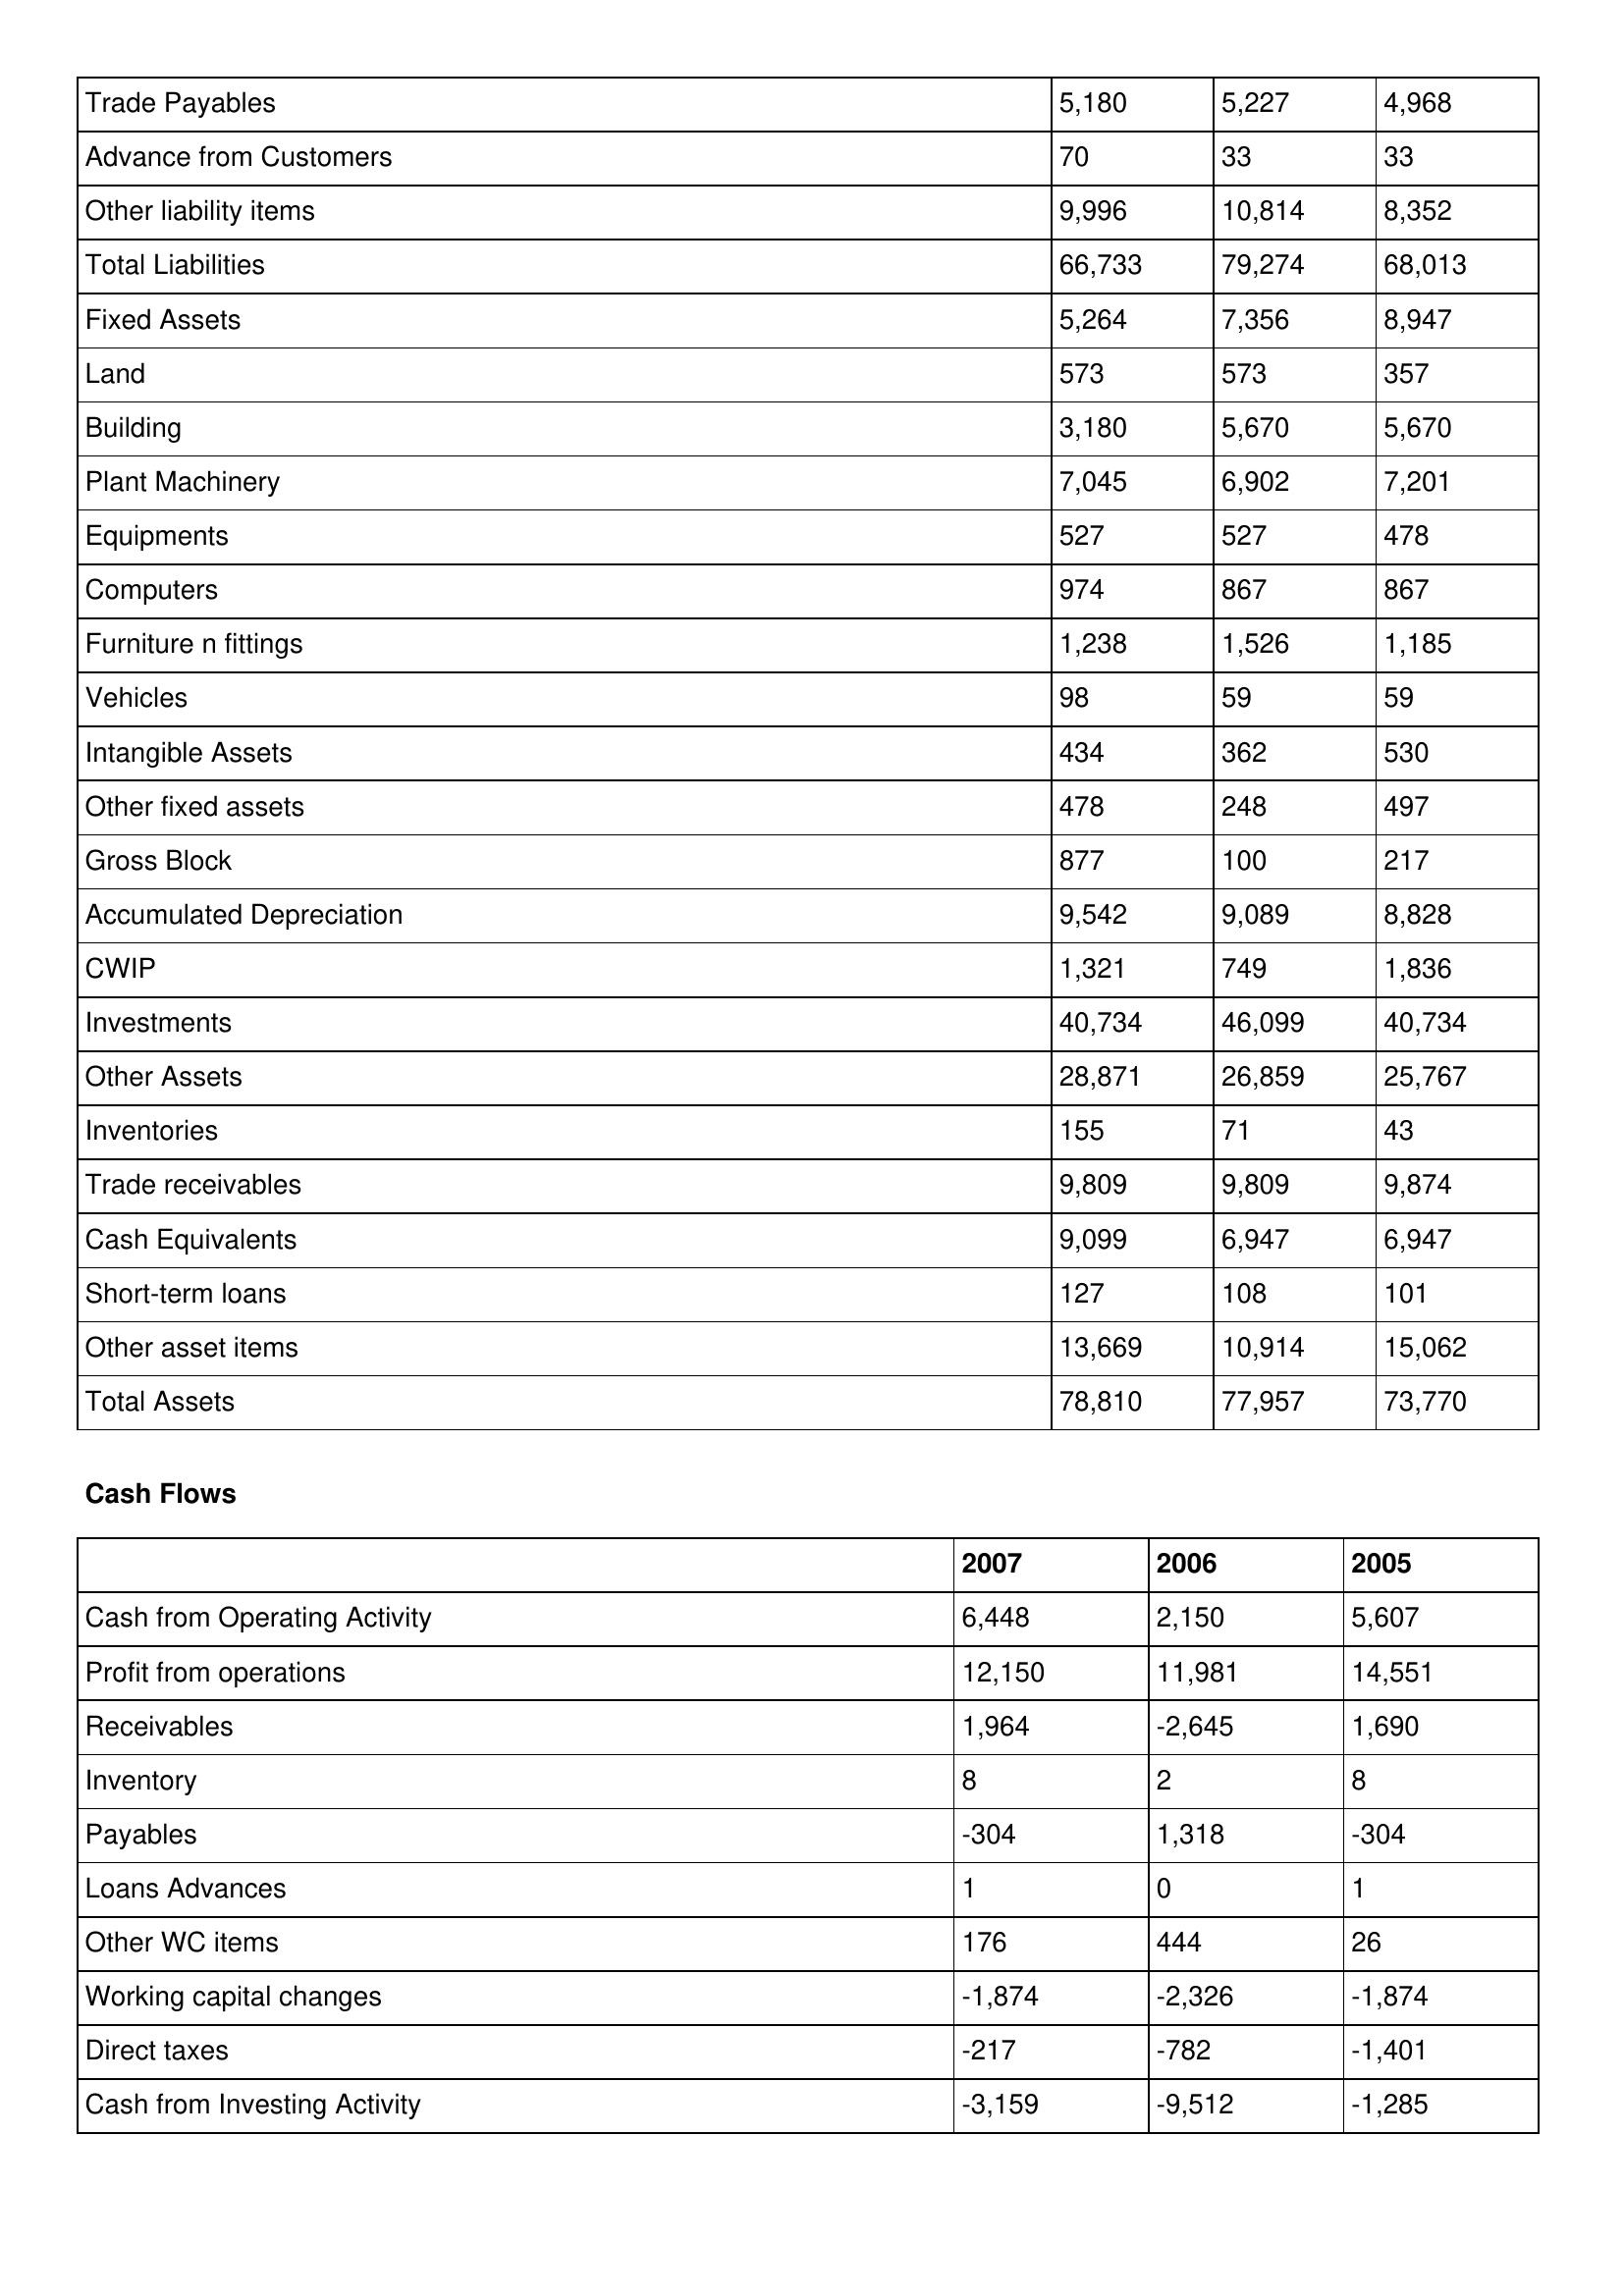
gt_parse: 2007: Balance Sheet: Trade Payables: 5,180
Advance from Customers: 70
Other liability items: 9,996
Total Liabilities: 66,733
Fixed Assets: 5,264
Land: 573
Building: 3,180
Plant Machinery: 7,045
Equipments: 527
Computers: 974
Furniture n fittings: 1,238
Vehicles: 98
Intangible Assets: 434
Other fixed assets: 478
Gross Block: 877
Accumulated Depreciation: 9,542
CWIP: 1,321
Investments: 40,734
Other Assets: 28,871
Inventories: 155
Trade receivables: 9,809
Cash Equivalents: 9,099
Short-term loans: 127
Other asset items: 13,669
Total Assets: 78,810
Cash Flows: Cash from Operating Activity: 6,448
Profit from operations: 12,150
Receivables: 1,964
Inventory: 8
Payables: -304
Loans Advances: 1
Other WC items: 176
Working capital changes: -1,874
Direct taxes: -217
Cash from Investing Activity: -3,159
2006: Balance Sheet: Trade Payables: 5,227
Advance from Customers: 33
Other liability items: 10,814
Total Liabilities: 79,274
Fixed Assets: 7,356
Land: 573
Building: 5,670
Plant Machinery: 6,902
Equipments: 527
Computers: 867
Furniture n fittings: 1,526
Vehicles: 59
Intangible Assets: 362
Other fixed assets: 248
Gross Block: 100
Accumulated Depreciation: 9,089
CWIP: 749
Investments: 46,099
Other Assets: 26,859
Inventories: 71
Trade receivables: 9,809
Cash Equivalents: 6,947
Short-term loans: 108
Other asset items: 10,914
Total Assets: 77,957
Cash Flows: Cash from Operating Activity: 2,150
Profit from operations: 11,981
Receivables: -2,645
Inventory: 2
Payables: 1,318
Loans Advances: 0
Other WC items: 444
Working capital changes: -2,326
Direct taxes: -782
Cash from Investing Activity: -9,512
2005: Balance Sheet: Trade Payables: 4,968
Advance from Customers: 33
Other liability items: 8,352
Total Liabilities: 68,013
Fixed Assets: 8,947
Land: 357
Building: 5,670
Plant Machinery: 7,201
Equipments: 478
Computers: 867
Furniture n fittings: 1,185
Vehicles: 59
Intangible Assets: 530
Other fixed assets: 497
Gross Block: 217
Accumulated Depreciation: 8,828
CWIP: 1,836
Investments: 40,734
Other Assets: 25,767
Inventories: 43
Trade receivables: 9,874
Cash Equivalents: 6,947
Short-term loans: 101
Other asset items: 15,062
Total Assets: 73,770
Cash Flows: Cash from Operating Activity: 5,607
Profit from operations: 14,551
Receivables: 1,690
Inventory: 8
Payables: -304
Loans Advances: 1
Other WC items: 26
Working capital changes: -1,874
Direct taxes: -1,401
Cash from Investing Activity: -1,285